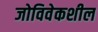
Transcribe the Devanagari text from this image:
जोविवेकशील